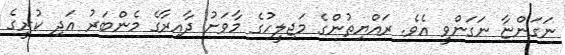
ނަގަންޏާ ނަގަންވީ އެވެ. ރައްޔިތުންގެ މަޖިލީހުގެ މާވަށު ދާއިރާގެ މެންބަރު އަދި ކުރީގެ